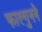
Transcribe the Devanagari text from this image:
फाल्गुनने